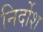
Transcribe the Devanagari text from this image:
निर्दोश